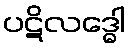
ပဋိလဒ္ဓေါ